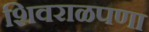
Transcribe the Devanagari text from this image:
शिवराळपणा